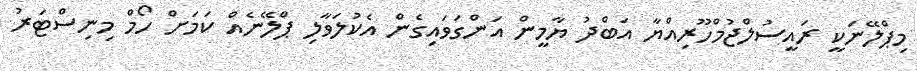
މިޕްލޭނަކީ ރައީސުލްޖުމްހޫރިއްޔާ އަބްދު ޔާމީން އަންގަވައިގެން އެކުލަވާލި ޕްލޭނެއް ކަމަށް ހޯމް މިނިސްޓަރު